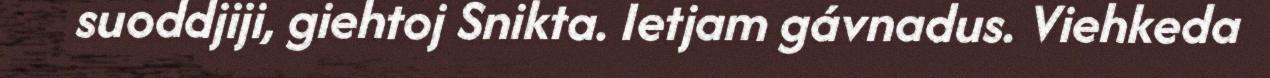
suoddjiji, giehtoj Snikta. Ietjam gávnadus. Viehkeda